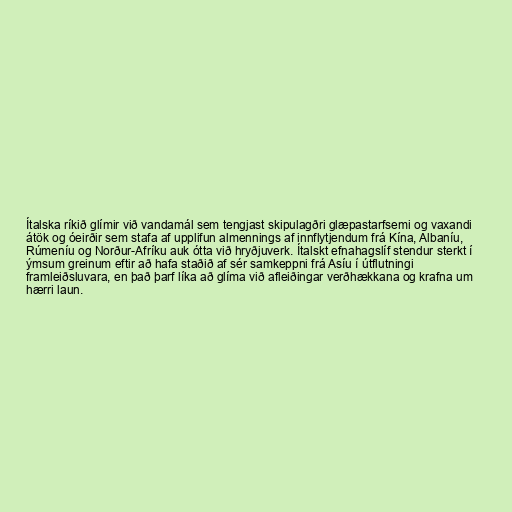
Ítalska ríkið glímir við vandamál sem tengjast skipulagðri glæpastarfsemi og vaxandi
átök og óeirðir sem stafa af upplifun almennings af innflytjendum frá Kína, Albaníu,
Rúmeníu og Norður-Afríku auk ótta við hryðjuverk. Ítalskt efnahagslíf stendur sterkt í
ýmsum greinum eftir að hafa staðið af sér samkeppni frá Asíu í útflutningi
framleiðsluvara, en það þarf líka að glíma við afleiðingar verðhækkana og krafna um
hærri laun.